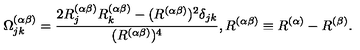
\Omega _ { j k } ^ { ( \alpha \beta ) } = \frac { 2 R _ { j } ^ { ( \alpha \beta ) } R _ { k } ^ { ( \alpha \beta ) } - ( R ^ { ( \alpha \beta ) } ) ^ { 2 } \delta _ { j k } } { ( R ^ { ( \alpha \beta ) } ) ^ { 4 } } , R ^ { ( \alpha \beta ) } \equiv R ^ { ( \alpha ) } - R ^ { ( \beta ) } .